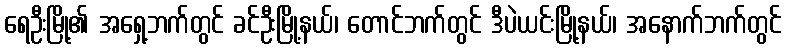
ရေဦးမြို့၏ အရှေ့ဘက်တွင် ခင်ဦးမြို့နယ်၊ တောင်ဘက်တွင် ဒီပဲယင်းမြို့နယ်၊ အနောက်ဘက်တွင်